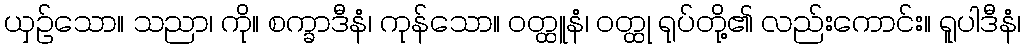
ယှဉ်သော။ သညာ၊ ကို။ စက္ခာဒီနံ၊ ကုန်သော။ ဝတ္ထူနံ၊ ဝတ္ထု ရုပ်တို့၏ လည်းကောင်း။ ရူပါဒီနံ၊